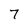
Character: 7